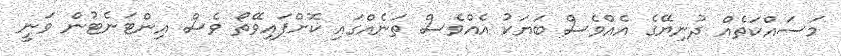
މަސައްކަތެއް ދުނިޔޭގެ އެއްވެސް ބަޔަކު އެއްވެސް ތަނެއްގައި ކޮށްފައިވޭތޯ ވެސް އިންޓަނެޓުން ވަނީ